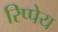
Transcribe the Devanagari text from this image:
रिप्पेय